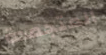
المتجمدة